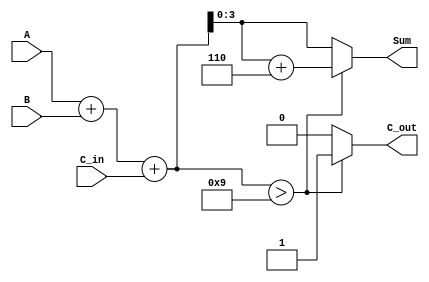
module BCD_Conditional_Adder (
    input  [3:0] A,       // First BCD digit (0-9)
    input  [3:0] B,       // Second BCD digit (0-9)
    input        C_in,     // Carry input (0 or 1)
    output reg [3:0] Sum,  // BCD sum output
    output reg C_out       // Carry out (0 or 1)
);

    // Internal wire for the temporary binary sum
    wire [4:0] Temp_Sum; // 5 bits to accommodate carry from addition

    // Step 1: Perform initial addition
    assign Temp_Sum = A + B + C_in;

    // Step 2: Check if Temp_Sum exceeds 9 (1001 in binary)
    always @(*) begin
        if (Temp_Sum > 9) begin
            // Adjust Sum and set Carry out
            Sum = Temp_Sum + 4'b0110; // Add 6 to adjust to valid BCD
            C_out = 1'b1;              // Set carry out to 1
        end else begin
            // No adjustment needed
            Sum = Temp_Sum[3:0];      // Take lower 4 bits
            C_out = 1'b0;              // Set carry out to 0
        end
    end

endmodule